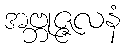
အဗ္ဘုဇ္ဇလနံ